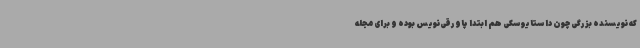
که نویسنده بزرگی چون داستایوسکی هم ابتدا پاورقی‌نویس بوده و برای مجله